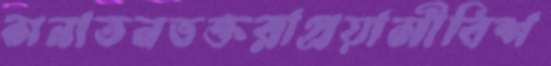
সনাতনভক্তরাপ্রয়াসীবিশ